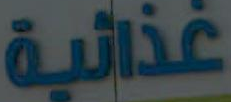
غذائية